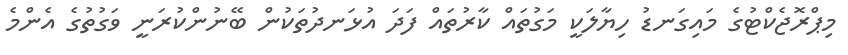
މިޕްރޮޖެކްޓުގެ މައިގަނޑު ހިޔާލަކީ މަގުތައް ކާރުތައް ފަދަ އުޅަނދުތަކުން ބޭނުންކުރަނީ ވަގުތުގެ އެންމެ